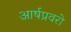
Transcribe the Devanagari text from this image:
आर्षप्रवरो